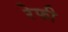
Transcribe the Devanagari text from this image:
रेफी